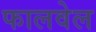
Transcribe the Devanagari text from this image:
फालवेल